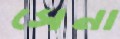
সেনা